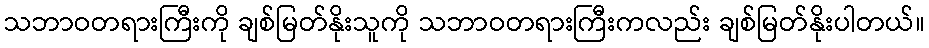
သဘာဝတရားကြီးကို ချစ်မြတ်နိုးသူကို သဘာဝတရားကြီးကလည်း ချစ်မြတ်နိုးပါတယ်။